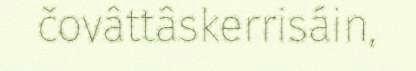
čovâttâskerrisáin,